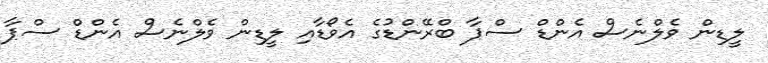
ލީޑިން ވެލްނެސް އެންޑް ސްޕާ ބްރޭންޑުގެ އެވޯޑާއި ލީޑިން ވެލްނެސް އެންޑް ސްޕާ